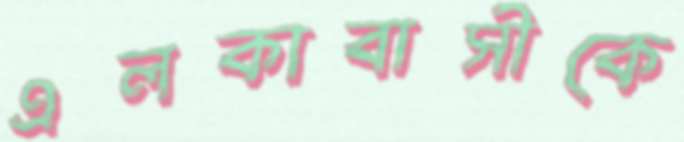
এলকাবাসীকে